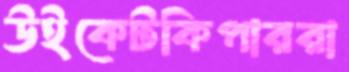
উইকেটকিপাররা